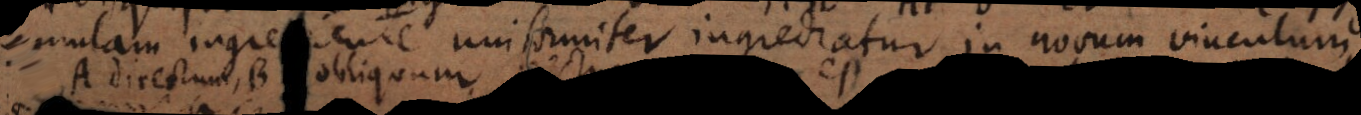
formulam ingrediente uniformiter ingrediatur in novum vinculum